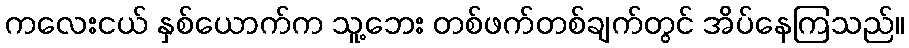
ကလေးငယ် နှစ်ယောက်က သူ့ဘေး တစ်ဖက်တစ်ချက်တွင် အိပ်နေကြသည်။